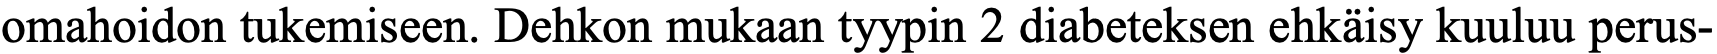
omahoidon tukemiseen. Dehkon mukaan tyypin 2 diabeteksen ehkäisy kuuluu perus-